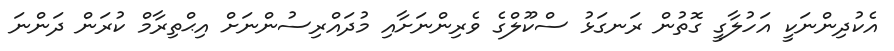
އެކުދިންނަކީ އަހުލާގީ ގޮތުން ރަނގަޅު ސްކޫލްގެ ވެރިންނަށާއި މުދައްރިސުންނަށް އިޙްތިރާމް ކުރަން ދަންނަ